kultuurilooline_kollektsioon, lk 11
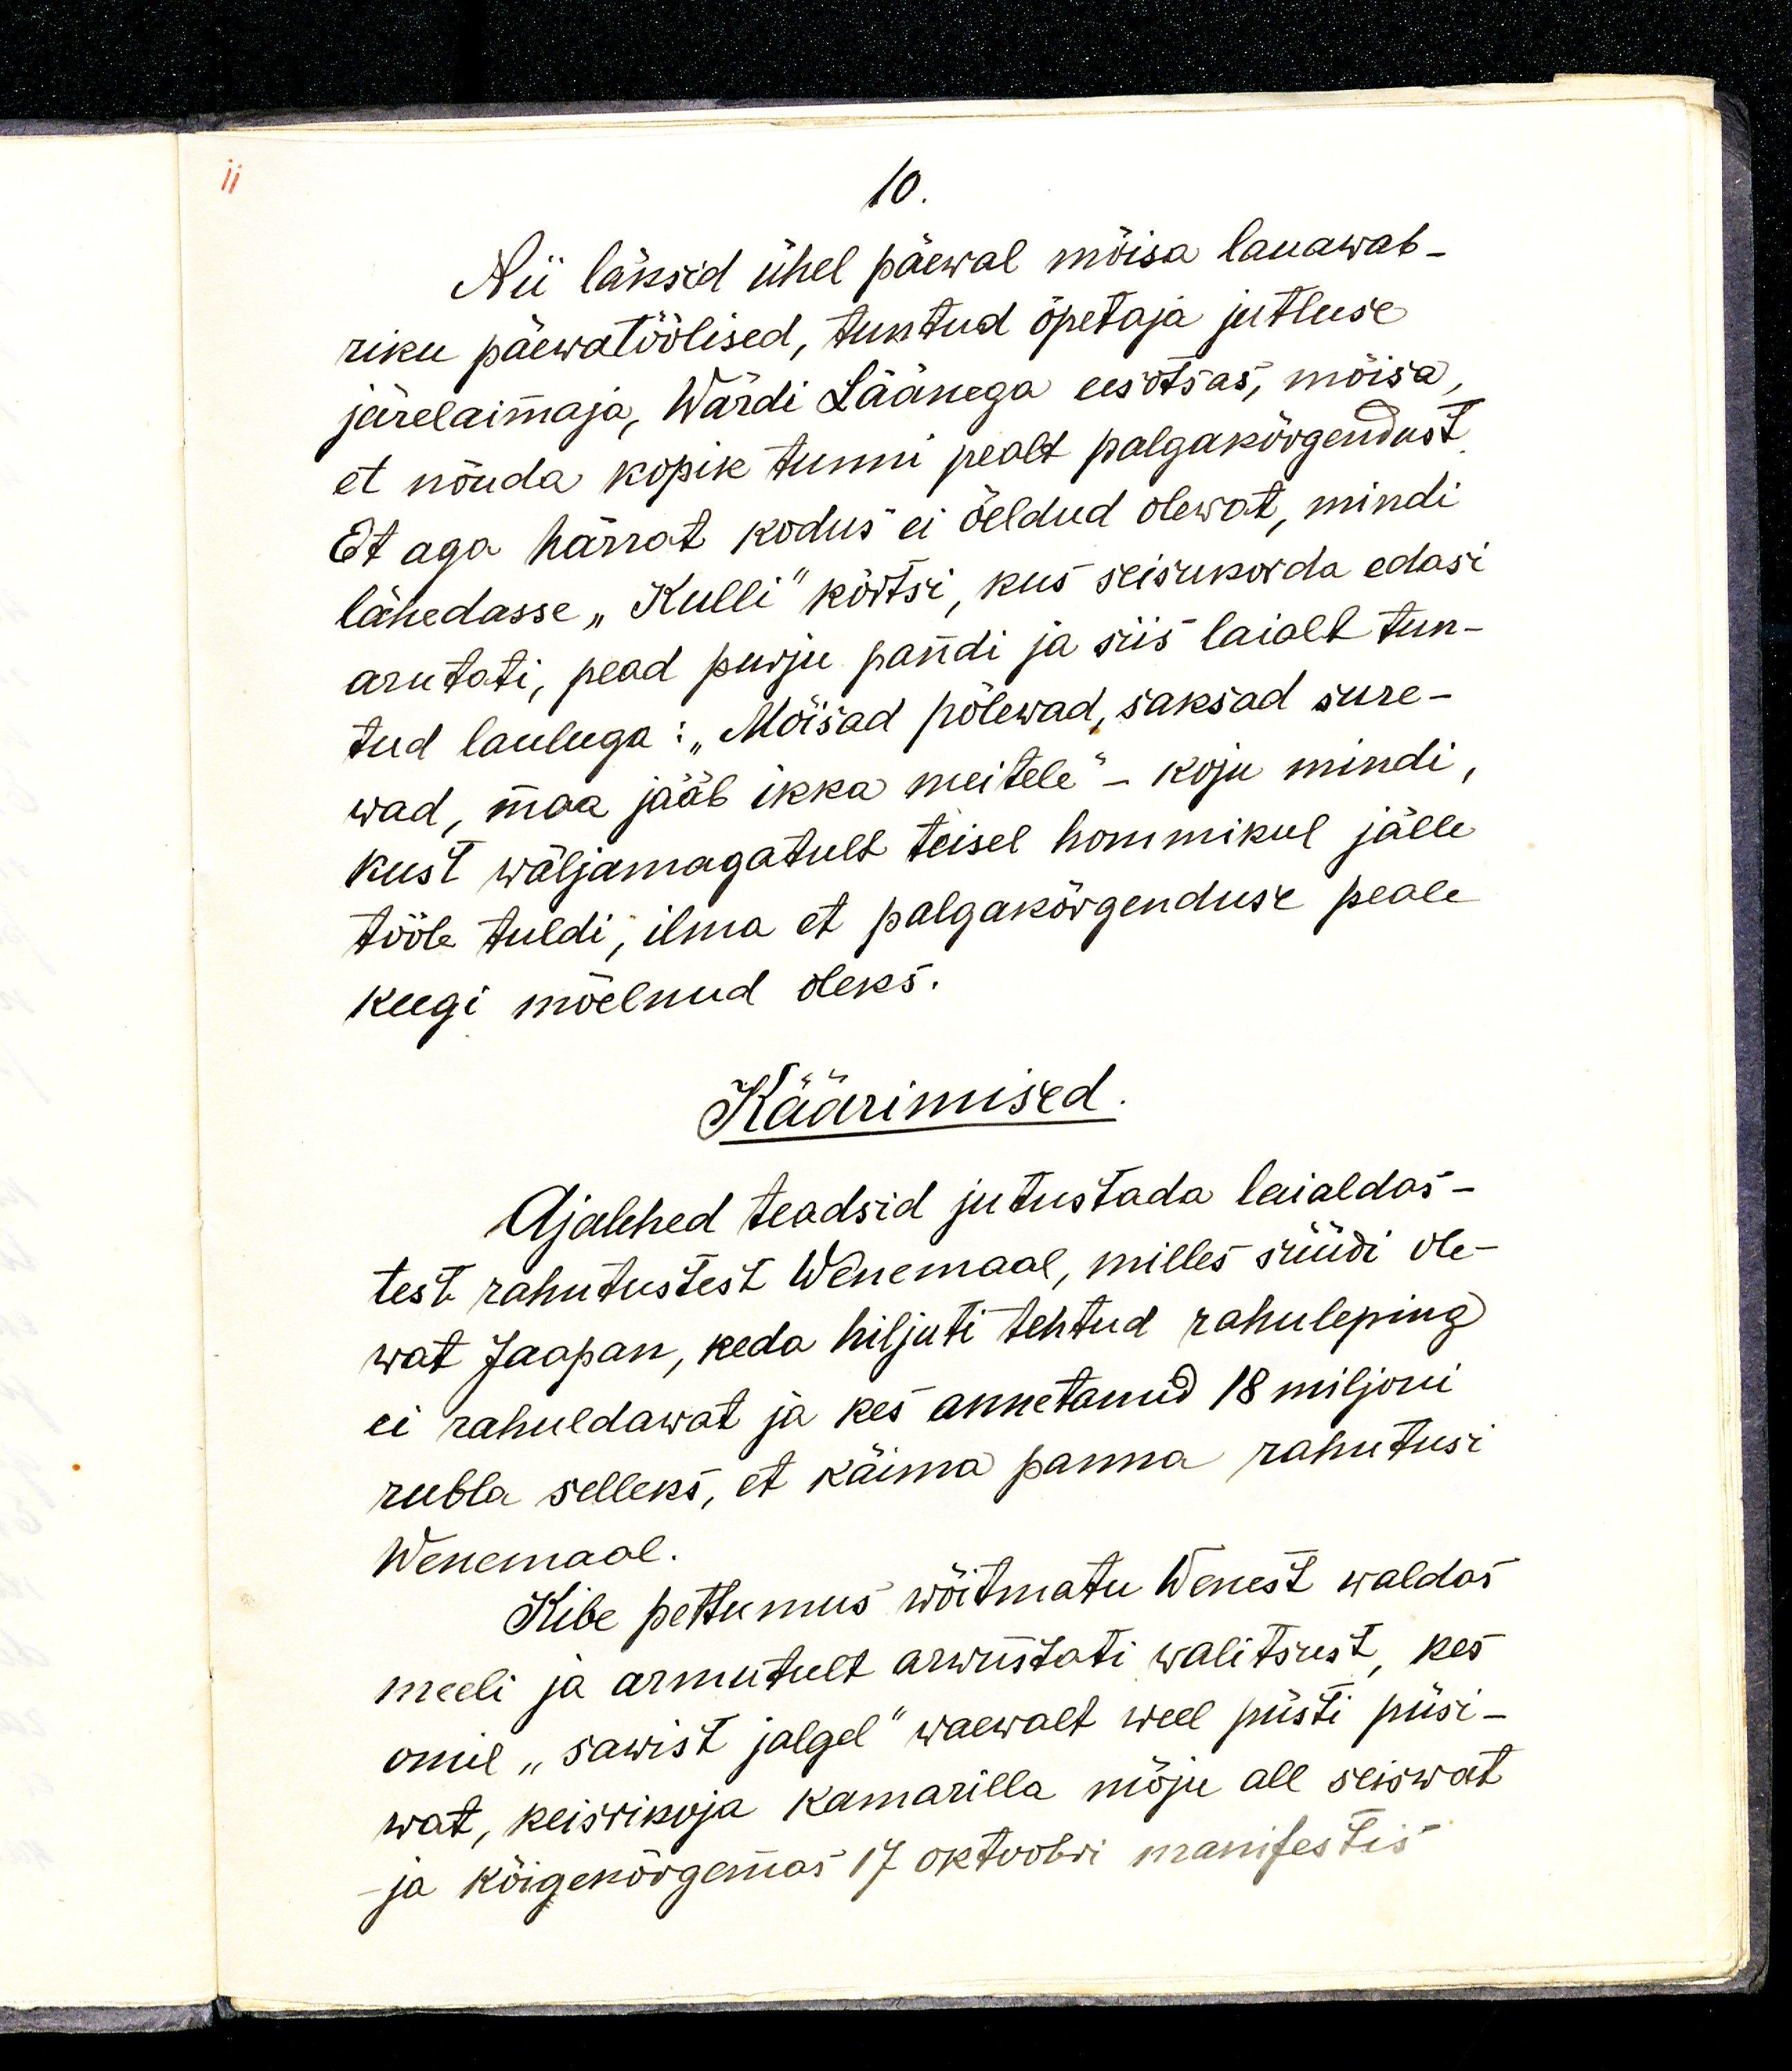
10.
Nii läksid ühel päewal mõisa lauawab-
riku päewatöölised, tuntud õpetaja jutluse 
järelaimaja, Wärdi Läänega eesotsas, mõisa,
et nõuda kopik tunni pealt palgakõrgendust.
Et aga härrat kodus ei öeldud olewat, mindi 
lähedasse „Kulli“ kõrtsi, kus seisukorda edasi
arutati, pead purju pandi ja siis laialt tun-
tud lauluga: „Mõisad põlewad, saksad sure-
wad, maa jääb ikka meitele“ - koju mindi, 
kust wäljamagatult teisel hommikul jälle
tööle tuldi, ilma et palgakõrgenduse peale
keegi mõelnud oleks. 
Käärimised. 
Ajalehed teadsid jutustada laialdas-
test rahutustest Wenemaal, milles süüdi ole-
wat Jaapan, keda hiljuti tehtud rahuleping
ei rahuldawat ja kes annetanud 18 miljoni
rubla selleks, et käima panna rahutusi
Wenemaal.
Kibe pettumus wõitmatu Wenest waldas
meeli ja armutult arwustati walitsust, kes
omil „sawist jalgel“ waewalt weel püsti püsi-
wat, keisrinaja kamarilla mõju all seiswat
ja kõigenõrgemas 17 oktoobri manifestis